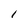
Character: l